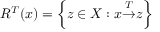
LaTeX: R ^ { T } { ( x ) } = \left\{ z \in X : x { \overset { T } { \rightarrow } } z \right\}